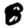
Digit: 8